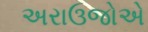
અરાઉજોએ